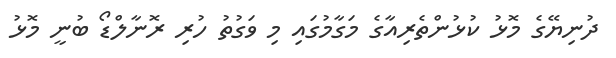
ދުނިޔޭގެ މޮޅު ކުޅުންތެރިއާގެ މަގާމުގައި މި ވަގުތު ހުރި ރޮނާލްޑޯ ބުނީ މޮޅު